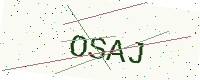
Text: OSAJ